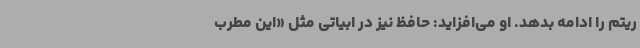
ریتم را ادامه بدهد. او می‌افزاید: حافظ نیز در ابیاتی مثل «این مطرب